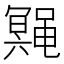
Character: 𱌆